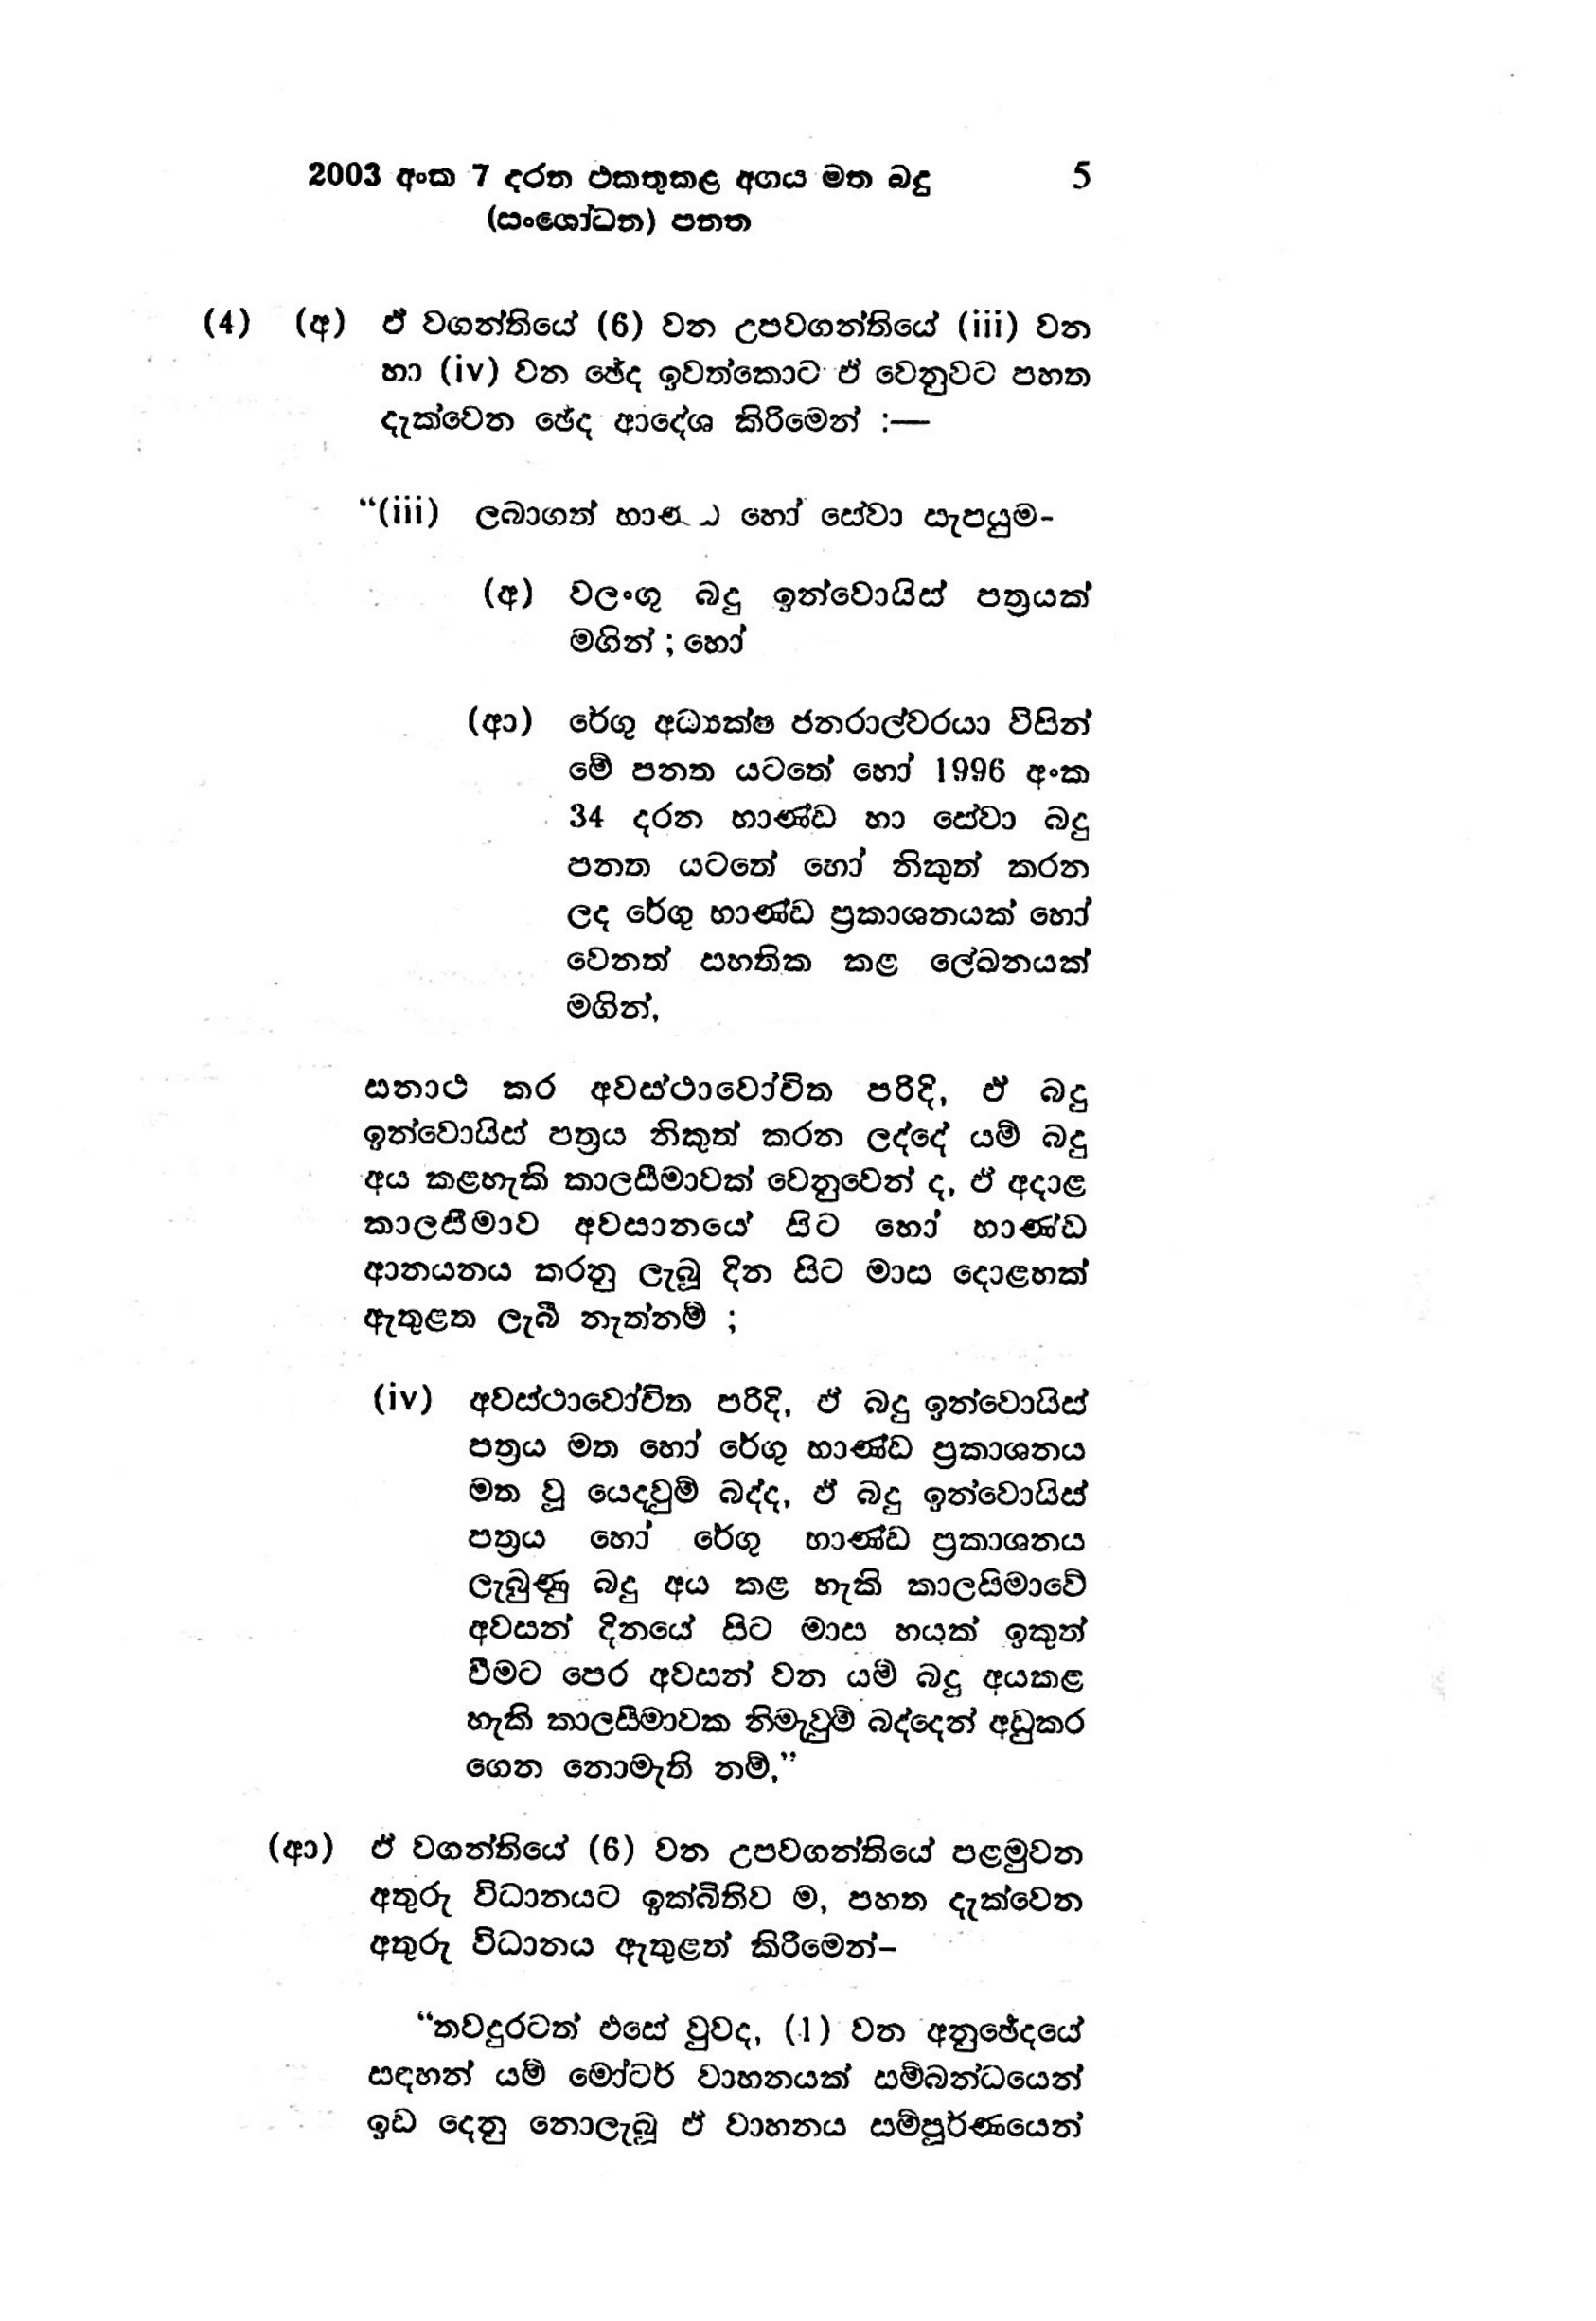
2003 අංක 7 දරන එකතුකළ අගය මත බදු 5
(සංශෝධන) පනත

(4) (අ) ඵ් වගන්තියේ (6) වන උපවගන්තියේ (iii) වන
හා (iv) වන ඡේද ඉවත්කොට ඒ වෙනුවට පහත
දැක්වෙන ඡේද ආදේශ කිරිමෙන් :-

“ (iii) ලබාගත්  භාණ්ඩ හෝ සේවා සැපයුම-

(අ) වලංගු බදු ඉන්වොයිස් පත්‍රයක්
මගින් ; හෝ

(ආ) රේගු අධ්‍යක්ෂ ජනරාල්වරයා විසින්
මේ පනත යටතේ හෝ 1996 අංක
34 දරන භාණ්ඩ හා සේවා බදු
පනත යටතේ හෝ නිකුත් කරන
ලද රේගු භාණ්ඩ ප්‍රකාශනයක් හෝ
වෙනත් සහතික කළ ලේඛනයක්
මගින්,

සනාථ කර අවස්ථාවෝචිත පරිදි, ඒ බදු
ඉන්වොයිස් පත්‍රය නිකුත් කරන ලද්දේ යම් බදු
අය කළහැකි කාලසීමාවක් වෙනුවෙන් ද, ඒ අදාළ
කාලසීමාව අවසානයේ සිට හෝ භාණ්ඩ
ආනයනය කරනු ලැබූ දින සිට මාස දොළහක්
ඇතුළත ලැබී නැත්නම් ;

(iv) අවස්ථාවෝචිත පරිදි, ඒ බදු ඉන්වොයිස්
පත්‍රය මත හෝ රේගු භාණ්ඩ ප්‍රකාශනය
මත වූ යෙදවුම් බද්ද, ඵ් බදු ඉන්වොයිස්
පත්‍රය හෝ රේගු භාණ්ඩ ප්‍රකාශනය
ලැබුණු බදු අය කළ හැකි කාලසිමාවේ
අවසන් දිනයේ සිට මාස හයක් ඉකුත්
වීමට පෙර අවසන් වන යම් බදු අයකළ
හැකි කාලසීමාවක නිමැවුම් බද්දෙන් අඩුකර
ගෙන නොමැති නම්,”

(ආ) ඒ වගන්තියේ (6) වන උපවගන්තියේ පළමුවන
අතුරු විධානයට ඉක්බිතිව ම, පහත දැක්වෙන
අතුරු විධානය ඇතුළත් කිරීමෙන්-

"තවදුරටත් එසේ වුවද, (1) වන අනුඡේදයේ
සඳහන් යම් මෝටර් වාහනයක් සම්බන්ධයෙන්
ඉඩ දෙනු නොලැබූ ඒ වාහනය සම්පූර්ණයෙන්